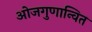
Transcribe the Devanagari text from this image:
ओजगुणान्वित